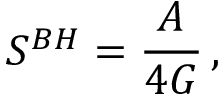
S ^ { B H } = { \frac { \cal A } { 4 G } } \, ,